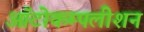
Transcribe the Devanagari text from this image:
ऑटोकम्पलीशन